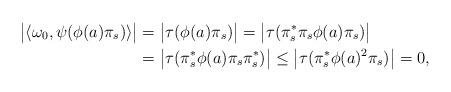
LaTeX: \begin{align*} \big|\langle\omega_0, \psi(\phi(a)\pi_s)\rangle\big|&=\big|\tau(\phi(a)\pi_s)\big|=\big|\tau( \pi_s^*\pi_s\phi(a)\pi_s)\big|\\&=\big|\tau(\pi_s^*\phi(a)\pi_s\pi_s^*)\big|\leq \big|\tau(\pi_s^*\phi(a)^2\pi_s)\big| =0, \end{align*}